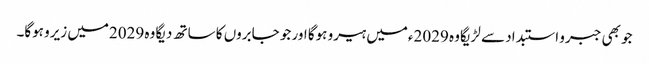
جو بھی جبرو استبداد سے لڑیگا وہ 2029ءمیں ہیرو ہوگا اور جو جابروں کا ساتھ دیگا وہ 2029میں زیرو ہوگا۔